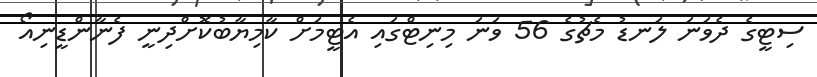
ސިޓީގެ ދެވަނަ ލަނޑު މެޗުގެ 56 ވަނަ މިނިޓްގައި އެޓީމަށް ކާމިޔާބުކޮށްދިނީ ފެނާންޑީނިއޯ